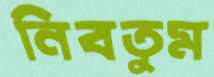
নিবতুম